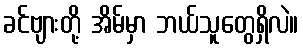
ခင်ဗျားတို့ အိမ်မှာ ဘယ်သူတွေရှိလဲ။